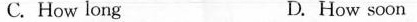
C. How long D. How soon